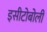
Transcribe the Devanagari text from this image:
इसीटोबोली